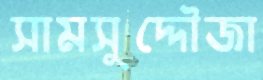
সামসুদ্দৌজা